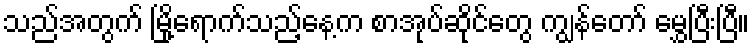
သည်အတွက် မြို့ရောက်သည့်နေ့က စာအုပ်ဆိုင်တွေ ကျွန်တော် မွှေပြီးပြီ။